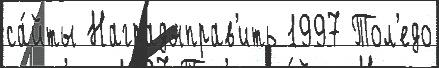
са́йты Наградыправ'ить 1997 Тол'едо